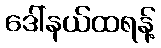
ဒေါ်နယ်ထရန့်